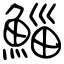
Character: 鯔